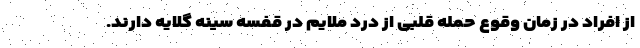
از افراد در زمان وقوع حمله قلبی از درد ملایم در قفسه سینه گلایه دارند.